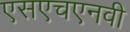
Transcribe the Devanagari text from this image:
एसएचएनवी